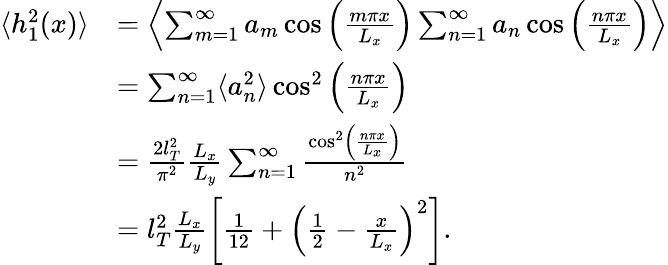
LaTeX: \begin{array}{rl}{\langle h_{1}^{2}(x)\rangle}&{=\left\langle\sum_{m=1}^{\infty}a_{m}\cos\left(\frac{m\pi x}{L_{x}}\right)\sum_{n=1}^{\infty}a_{n}\cos\left(\frac{n\pi x}{L_{x}}\right)\right\rangle}\\ &{=\sum_{n=1}^{\infty}\langle a_{n}^{2}\rangle\cos^{2}\left(\frac{n\pi x}{L_{x}}\right)}\\ &{=\frac{2l_{T}^{2}}{\pi^{2}}\frac{L_{x}}{L_{y}}\sum_{n=1}^{\infty}\frac{\cos^{2}\left(\frac{n\pi x}{L_{x}}\right)}{n^{2}}}\\ &{=l_{T}^{2}\frac{L_{x}}{L_{y}}\left[\frac{1}{12}+\left(\frac{1}{2}-\frac{x}{L_{x}}\right)^{2}\right].}\end{array}